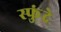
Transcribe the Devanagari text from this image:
स्फुंदे